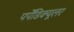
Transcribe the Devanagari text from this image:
पर्पेंडिक्यूलर